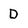
Character: D